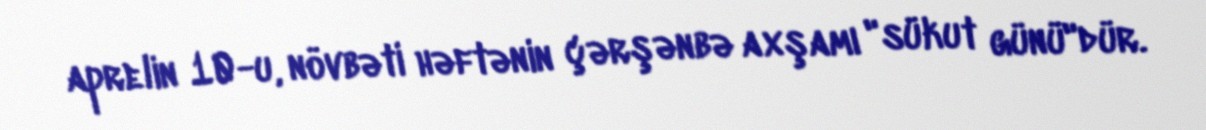
aprelin 10-u, növbəti həftənin çərşənbə axşamı "sükut günü"dür.